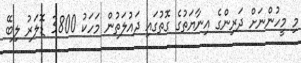
މި މީހުންނަށް ދަރިންގެ އިނާޔަތުގެ ގޮތުގައި ދައުލަތުން މަހަކު 3800 ޑޮލަރު ލިބޭ